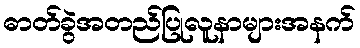
ဓာတ်ခွဲအတည်ပြုလူနာများအနက်